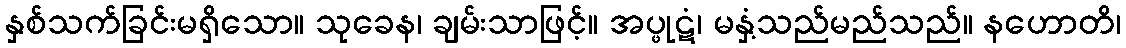
နှစ်သက်ခြင်းမရှိသော။ သုခေန၊ ချမ်းသာဖြင့်။ အပ္ဖုဋံ၊ မနှံ့သည်မည်သည်။ နဟောတိ၊